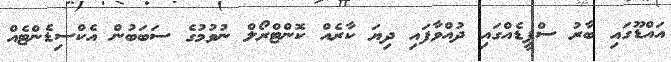
އައްޑޫގައި ބާރު ސްޕީޑެއްގައި ދުއްވާފައި ދިޔަ ކާރެއް ކޮންޓްރޯލް ނުވުމުގެ ސަބަބުން އެކްސިޑެންޓެއް